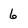
Character: 6